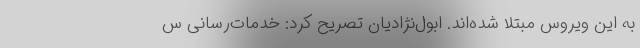
به این ویروس مبتلا شده‌اند. ابول‌نژادیان تصریح کرد: خدمات‌رسانی س